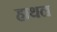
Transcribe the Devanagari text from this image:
हाथल